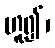
ဟူ၍၊